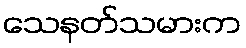
သေနတ်သမားက